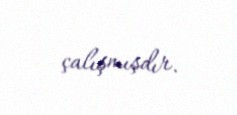
çalışmışdır.